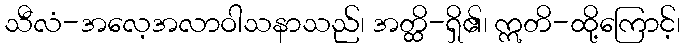
သီလံ-အလေ့အလာဝါသနာသည်၊ အတ္ထိ-ရှိ၏၊ ဣတိ-ထို့ကြောင့်၊